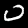
Label: 0